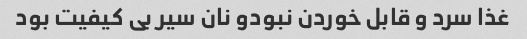
غذا سرد و قابل خوردن نبودو نان سیر بی کیفیت بود